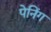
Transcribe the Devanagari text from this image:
पेनिंग